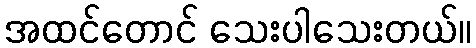
အထင်တောင် သေးပါသေးတယ်။